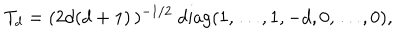
LaTeX: T _ { d } = ( 2 d ( d + 1 ) \, ) ^ { - 1 / 2 } \ \mathrm { d i a g } ( 1 , \ldots , 1 , - d , 0 , \ldots , 0 ) ,